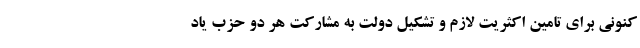
کنونی برای تامین اکثریت لازم و تشکیل دولت به مشارکت هر دو حزب یاد